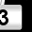
Digit: 3